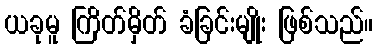
ယခုမူ ကြိတ်မှိတ် ခံခြင်းမျိုး ဖြစ်သည်။